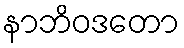
နာဘိဝဒတော